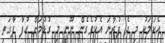
އެކަމަކު މި ދެ ފުރާނަ އެކުވެގެން ނޫނީ މި ގުޅުމަށް އުފާ ފާގަތި